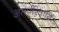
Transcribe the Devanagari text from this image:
अंतर्परिवार्तित